Report on inoculation in the plague infected areas of the Punjab and its dependencies from October 1900 to September 1901
Year: 1900
Disease focus: Plague
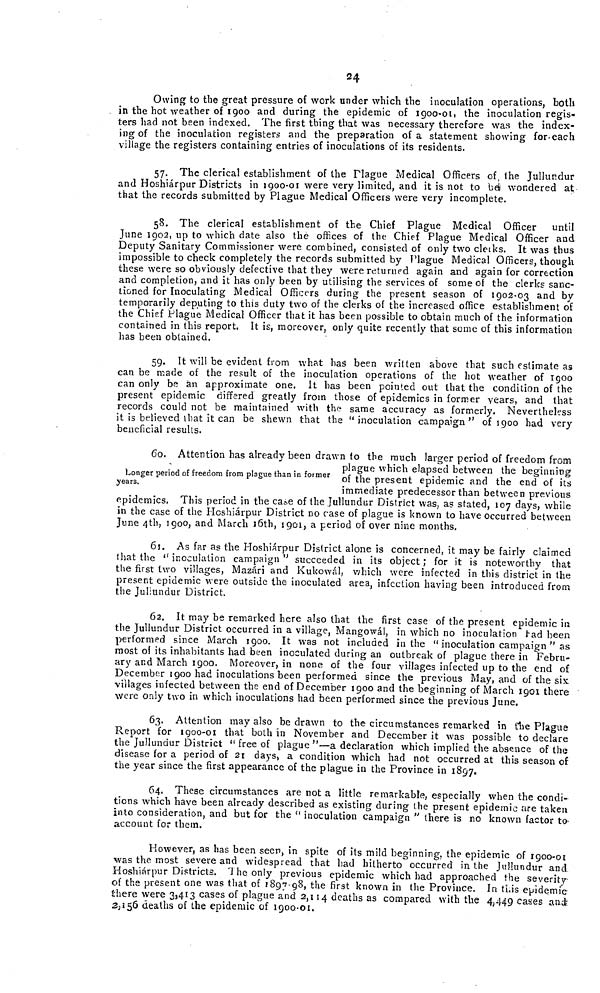
24
Owing to the great pressure of work under which the inoculation operations, both
in the hot weather of 1900 and during the epidemic of 1900-01. the inoculation regis-
ters had not been indexed. The first thing that was necessary therefore was the index-
ing of the inoculation registers and the preparation of a statement showing for each
village the registers containing entries of inoculations of its residents.
57. The clerical establishment of the Plague Medical Officers of, the Jullundur
and Hoshiárpur Districts in 1900-01 were very limited, and it is not to ber wondered at
that the records submitted by Plague Medical Officers were very incomplete.
58. The clerical establishment of the Chief Plague Medical Officer
until
June 1902, up to which date also the offices of the Chief Plague Medical Officer and
Deputy Sanitary Commissioner were combined, consisted of only two clerks. It was thus
impossible to check completely the records submitted by Plague Medical Officers, though
these were so obviously defective that they were returned again and again for correction
and completion, and it has only been by utilising the services of some of the clerks sanc-
tioned for Inoculating Medical Officers during the present season of 1902-03 and by
temporarily deputing to this duty two of the clerks of the increased office establishment of
the Chief Plague Medical Officer that it has been possible to obtain much of the information
contained in this report It is, moreover, only quite recently that some of this information
has been obtained.
59. It will be evident from what has been written above that such estimate as
can be made of the result of the inoculation operations of the hot weather of 1900
can only be an approximate one. it has been pointed out that the condition of the
present epidemic differed greatly from those of epidemics in former years, and that
records could not be maintained with the same accuracy as formerly. Nevertheless
it is believed that it can be shewn that the "inoculation campaign" of 1900 had very
beneficial results.
Longer period of freedom from plague than in former
years.
60. Attention has already been drawn to the much larger period of freedom from
plague which elapsed between the beginning
of the present epidemic and the end of its
immediate predecessor than between previous
epidemics. This period in the case of the Jullundur District was, as stated, 107 days, while
in the case of the Hoshiárpur District no case of plague is known to have occurred between
June 4th, 1900, and March 16th, 1901, a period of over nine months.
61. As far as the Hoshiárpur District alone is concerned, it may be fairly claimed
that the "inoculation campaign'' succeeded in its object; for it is noteworthy that
the first two villages, Mazári and Kukowál, which were infected in this district in the
present epidemic were outside the inoculated area, infection having been introduced from
the Jullundur District.
62. It may be remarked here also that the first case of the present epidemic in
the Jullundur District occurred in a village, Mangowál, in which no inoculation had been
performed since March 1900. It was not included in the " inoculation campaign" as
most of its inhabitants had been inoculated during an outbreak of plague there in Febru-
ary and March 1900. Moreover, in none of the four villages infected up to the end of
December 1900 had inoculations been performed since the previous May, and of the six
villages infected between the end of December 1900 and the beginning of March 1901 there
were only two in which inoculations had been performed since the previous June.
63. Attention may also be drawn to the circumstances remarked in the Plague
Report for 1900-01 that both in November and December it was possible to declare
the Jullundur District " free of plague "—a declaration which implied the absence of the
disease for a period of 21 days, a condition which had not occurred at this season of
the year since the first appearance of the plague in the Province in 1897.
64. These circumstances are not a little remarkable, especially when the condi-
tions which have been already described as existing during the present epidemic are taken
into consideration, and but for the "inoculation campaign" there is no known factor to
account for them.
However, as has been seen, in spite of its mild beginning, the epidemic of 1900-01
was the most severe and widespread that had hitherto occurred in the Jullundur and
Hoshiárpur Districts. The only previous epidemic which had approached the severity
of the present one was that of 1897 98, the first known in the Province. In this epidemic
there were 3,413 cases of plague and 2,114 deaths as compared with the 4,449 cases and
2,156 deaths of the epidemic of 1900-01.